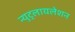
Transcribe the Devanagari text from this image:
न्युट्रलायलेशन